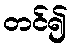
တင်၍